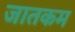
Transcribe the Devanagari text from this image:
जातकम